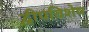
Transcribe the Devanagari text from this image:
द्वीपविशेष